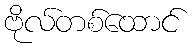
ဗိုလ်တစ်ထောင်